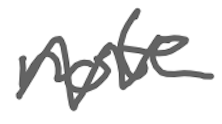
Text: not
Cross-out: zig-zag
Writing tool: digital_gray